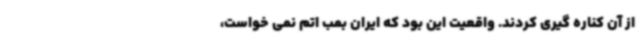
از آن کناره گیری کردند. واقعیت این بود که ایران بمب اتم نمی خواست،